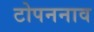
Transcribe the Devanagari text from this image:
टोपननाव